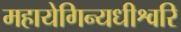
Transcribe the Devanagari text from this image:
महायेगिन्यधीश्वरि